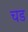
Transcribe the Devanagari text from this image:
चड